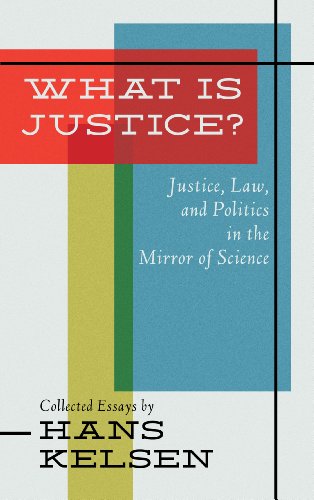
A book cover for What Is Justice: Justice, Law, and Politics in the Mirror of Science : Collected Essays; Hans Kelsen; Law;